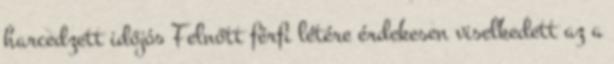
harcedzett időjós Fel­nőtt férfi lé­tére ér­de­ke­sen vi­sel­ke­dett az a